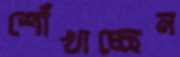
শোঁখাচ্ছেন